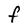
Character: F